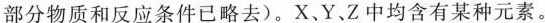
部分物质和反应条件已略去）。X、Y、Z中均含有某种元素。